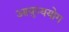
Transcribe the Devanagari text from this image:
आयुष्ययोग